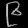
Digit: ၉